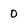
Character: O